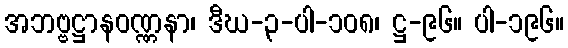
အဘဗ္ဗဋ္ဌာနဝဏ္ဏနာ၊ ဒီဃ-၃-ပါ-၁၀၈၊ ဋ္ဌ-၉၆။ ပါ-၁၉၆။